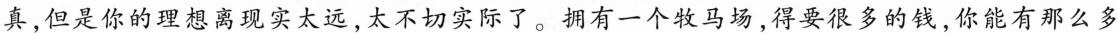
真，但是你的理想离现实太远，太不切实际了。拥有一个牧马场，得要很多的钱，你能有那么多